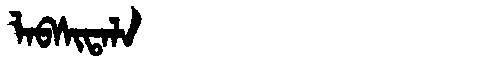
Manchu: ᠯᠠᠪᠰᡳᡨᠠᠯᠠ
Romanization: LABSITALA